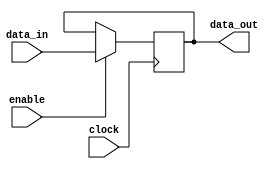
module level_sensitive_latch (
    input wire data_in,
    input wire clock,
    input wire enable,
    output reg data_out
);

reg latch_state;

always @(posedge clock) begin
    if (enable) begin
        latch_state <= data_in;
    end
end

assign data_out = latch_state;

endmodule